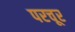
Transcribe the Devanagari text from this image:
परचूर